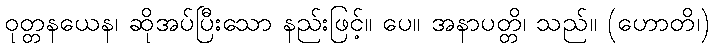
ဝုတ္တနယေန၊ ဆိုအပ်ပြီးသော နည်းဖြင့်။ ပေ။ အနာပတ္တိ၊ သည်။ (ဟောတိ၊)